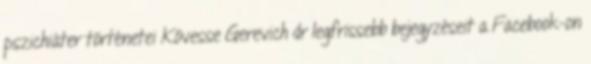
pszichiáter történetei Kövesse Gerevich dr legfrissebb bejegyzéseit a Facebook-on